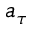
a _ { \tau }